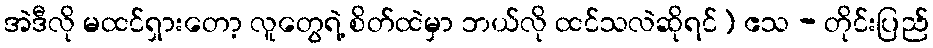
အဲဒီလို မထင်ရှားတော့ လူတွေရဲ့ စိတ်ထဲမှာ ဘယ်လို ထင်သလဲဆိုရင်) ဧသ - တိုင်းပြည်